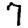
Digit: 7